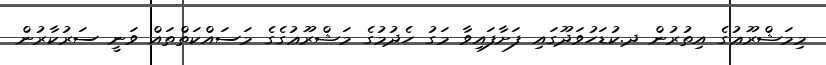
މިމަޝްރޫޢުގެ އިތުރުން ދ.ކުޑަހުވަދޫގައި ފަށާފައިވާ މަގު ހެދުމުގެ މަޝްރޫޢުގެގެ މަސައްކަތްތައް ވަނީ ސަރުކާރުން